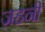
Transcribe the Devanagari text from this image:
ज़हनी